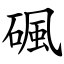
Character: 碸